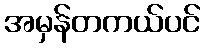
အမှန်တကယ်ပင်